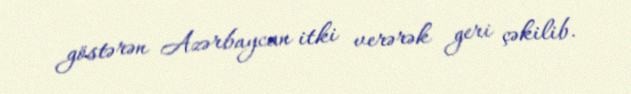
göstərən Azərbaycan itki verərək geri çəkilib.